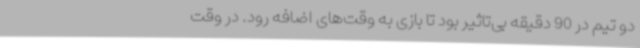
دو تیم در 90 دقیقه بی‌تاثیر بود تا بازی به وقت‌های اضافه رود. در وقت